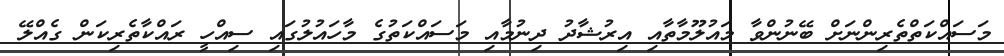
މަސައްކަތްތެރިންނަށް ބޭނުންވާ މައުލޫމާތާއި އިރުޝާދު ދިނުމާއި މަސައްކަތުގެ މާހައުލުގައި ސިއްހީ ރައްކާތެރިކަން ގެއްލޭ